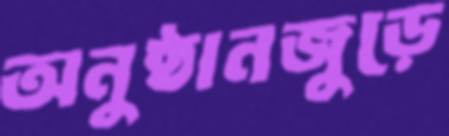
অনুষ্ঠানজুড়ে